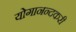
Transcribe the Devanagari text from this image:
योगानन्दकरी